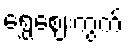
ရွှေဈေးကွက်